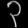
Digit: ၃